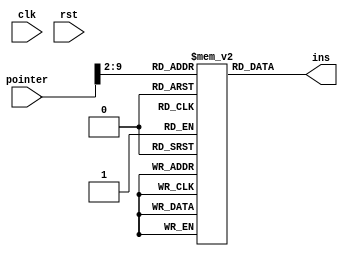
// 1 KB ROM to keep ins
module ins_mem (clk,rst,pointer,ins);
input clk,rst;
input [31:0]pointer;
output  [31:0] ins;
reg [31:0] ins_rom [255:0];

wire [7:0] add = pointer[9:2];
  


// always @(*) begin 
// 	ins_mem='{'h00500113,
// 			 'h00C00193,
// 			 'hFF718393,
// 			 'h0023E233,
// 			 'h0041F2B3,
// 			 'h004282B3,
// 			 'h02728463,
// 			 'h00020463,
// 			 'h00000293,
// 			 'h005203B3,
// 			 'h402383B3,
// 			 'h0471AA23,
// 			 'h06002103,
// 			 'h005104B3,
// 			 'h008001EF,
// 			 'h00100113,
// 			 'h00910133,
// 			 'h0221A023,
// 			 'h00210063};		
// end
assign ins =ins_rom[add];

endmodule